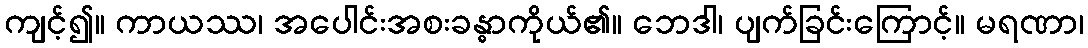
ကျင့်၍။ ကာယဿ၊ အပေါင်းအစးခန္ဓာကိုယ်၏။ ဘေဒါ၊ ပျက်ခြင်းကြောင့်။ မရဏာ၊